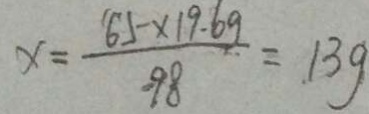
x = \frac { 6 5 \times 1 9 . 6 g } { 9 8 } = 1 3 g